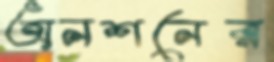
অনশনের